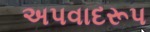
અપવાદરૂપ